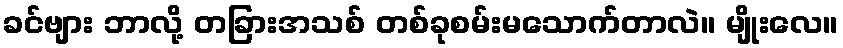
ခင်ဗျား ဘာလို့ တခြားအသစ် တစ်ခုစမ်းမသောက်တာလဲ။ မျိုးလေ။